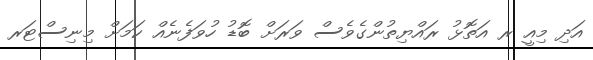
އަދި މިއީ ރ އަތޮޅު ރައްޔިތުންގެވެސް ވަރަށް ބޮޑު ހުވަފެނެއް ކަމަށް މިނިސްޓަރ